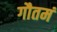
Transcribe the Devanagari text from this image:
गौतमं